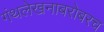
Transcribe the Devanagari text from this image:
गंथलेखनाबरोबरच